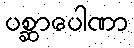
ပစ္ဆာပေါဏာ